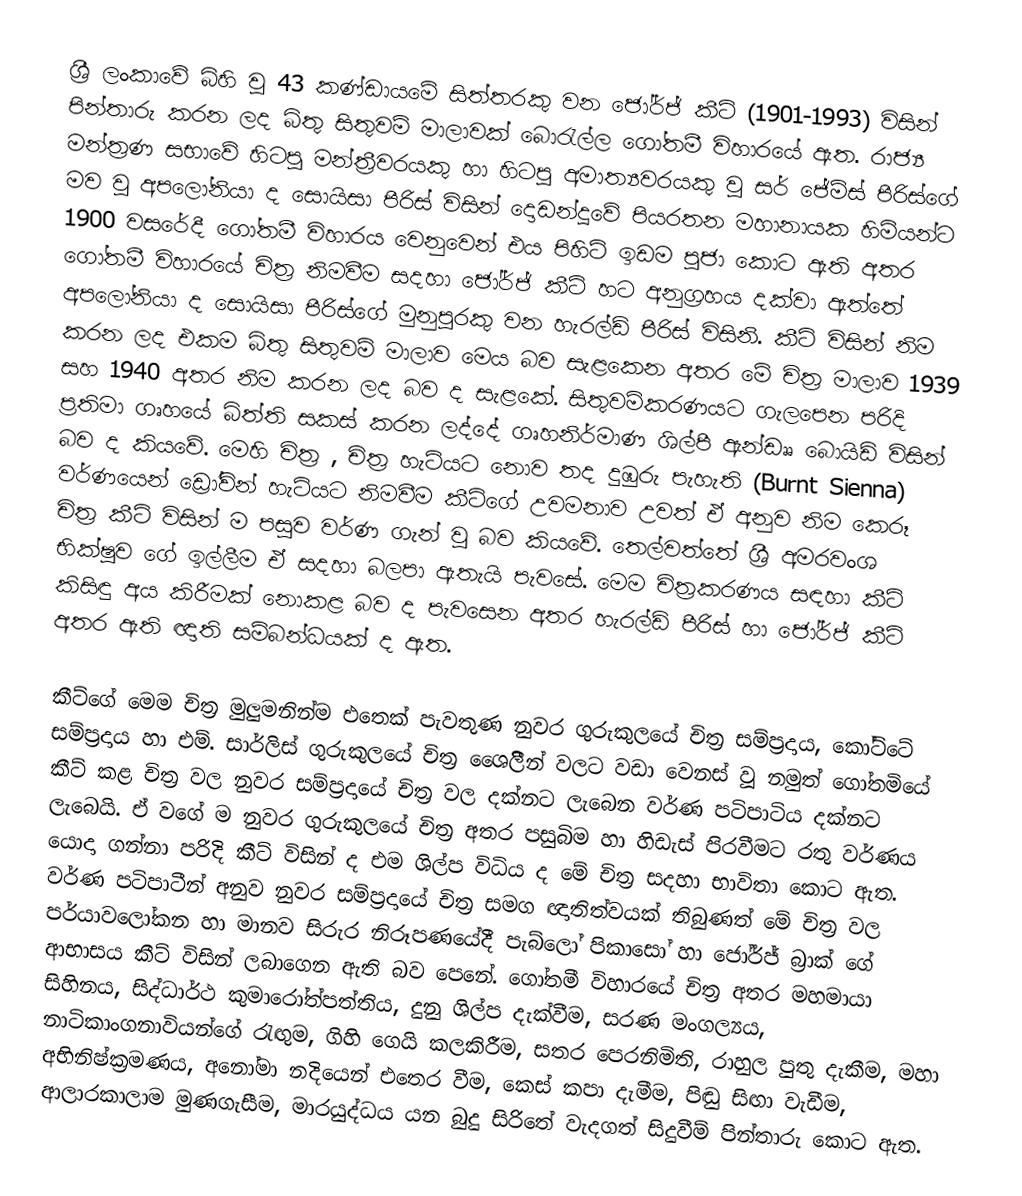
ශ්‍රී ලංකාවේ බිහි වූ 43 කණ්ඩායමේ සිත්තරකු වන ජෝර්ජ් කීට් (1901-1993) විසින් පින්තාරු කරන ලද බිතු සිතුවම් මාලාවක් බොරැල්ල ගෝතමී විහාරයේ ඇත. රාජ්‍ය මන්ත්‍රණ සභාවේ හිටපු මන්ත්‍රීවරයකු හා හිටපු අමාත්‍යවරයකු  වූ සර් ජේම්ස් පීරිස්ගේ මව වූ අපලෝනියා ද සොයිසා පීරිස්  විසින් දොඩන්දූවේ පියරතන මහානායක හිමියන්ට 1900 වසරේදී ගෝතමී විහාරය වෙනුවෙන් එය පිහිටි ඉඩම පූජා කොට ඇති අතර  ගෝතමී විහාරයේ චිත්‍ර නිමවීම සදහා ජෝර්ජ් කීට් හට අනුග්‍රහය දක්වා ඇත්තේ අපලෝනියා ද සොයිසා පීරිස්ගේ  මුනුපුරකු වන හැරල්ඩ් පීරිස්  විසිනි.   කීට් විසින් නිම කරන ලද එකම බිතු සිතුවම් මාලාව මෙය බව  සැළකෙන අතර මේ චිත්‍ර මාලාව 1939 සහ 1940 අතර නිම කරන ලද බව ද සැළකේ. සිතුවම්කරණයට ගැලපෙන පරිදි ප්‍රතිමා ගෘහයේ බිත්ති සකස් කරන ලද්දේ ගෘහනිර්මාණ ශිල්පී ඇන්ඩෲ බොයිඩ් විසින් බව ද කියවේ.  මෙහි චිත්‍ර , චිත්‍ර හැටියට නොව තද දුඹුරු පැහැති  (Burnt Sienna) වර්ණයෙන්   ඩ්‍රෝවින් හැටියට නිමවීම කීට්ගේ උවමනාව උවත් ඒ අනුව නිම කෙරූ චිත්‍ර කීට් විසින් ම පසුව වර්ණ ගැන් වූ බව කියවේ. තෙල්වත්තේ ශ්‍රී අමරවංශ භික්ෂුව ගේ ඉල්ලීම ඒ සදහා බලපා ඇතැයි පැවසේ. මෙම චිත්‍රකරණය සඳහා කීට් කිසිඳු අය කිරීමක් නොකළ බව ද පැවසෙන අතර හැරල්ඩ් පීරිස්  හා ජෝර්ජ් කීට් අතර ඇති ඥාති සම්බන්ධයක් ද ඇත‍.

කීට්ගේ මෙම චිත්‍ර මුලුමනින්ම එතෙක් පැවතුණ නුවර ගුරුකුලයේ චිත්‍ර සම්ප්‍රදාය, කෝට්ටේ සම්ප්‍රදාය හා එම්. සාර්ලිස් ගුරුකුලයේ චිත්‍ර ශෛලිීන් වලට වඩා වෙනස් වූ නමුත් ගෝතමියේ කීට් කළ චිත්‍ර වල නුවර සම්ප්‍රදායේ චිත්‍ර වල දක්නට ලැබෙන වර්ණ පටිපාටිය දක්නට ලැබෙයි. ඒ වගේ ම නුවර ගුරුකුලයේ චිත්‍ර අතර පසුබිම හා හිඩැස් පිරවීමට රතු වර්ණය යොදා ගන්නා පරිදි කීට් විසින් ද එම ශිල්ප විධිය ද මේ චිත්‍ර සදහා භාවිතා කොට ඇත. වර්ණ පටිපාටීන් අනුව නුවර සම්ප්‍රදායේ චිත්‍ර සමග ඥාතිත්වයක් තිබුණත් මේ චිත්‍ර වල පර්යාවලෝකන හා මානව සිරුර නිරූපණයේදී  පැබ්ලෝ පිකාසෝ හා ජෝර්ජ් බ්‍රාක් ගේ ආභාසය කීට් විසින් ලබාගෙන ඇති බව පෙනේ. ගෝතමී විහාරයේ චිත්‍ර අතර  මහමායා සිහිනය, සිද්ධාර්ථ කුමාරෝත්පත්තිය, දුනු ශිල්ප දැක්වීම, සරණ මංගල්‍යය, නාටිකාංගනාවියන්ගේ රැඟුම, ගිහි ගෙයි කලකිරීම, සතර පෙරනිමිති, රාහුල පුතු දැකීම, මහා අභිනිෂ්ක්‍රමණය, අනෝමා නදියෙන් එතෙර වීම, කෙස් කපා දැමීම, පිඬු සිඟා වැඩීම, ආලාරකාලාම මුණගැසීම, මාරයුද්ධය යන බුදු සිරිතේ වැදගත් සිදුවීම් පින්තාරු කොට ඇත.